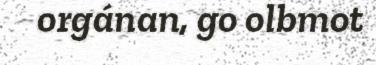
orgánan, go olbmot